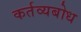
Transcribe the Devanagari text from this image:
कर्तव्यबोध